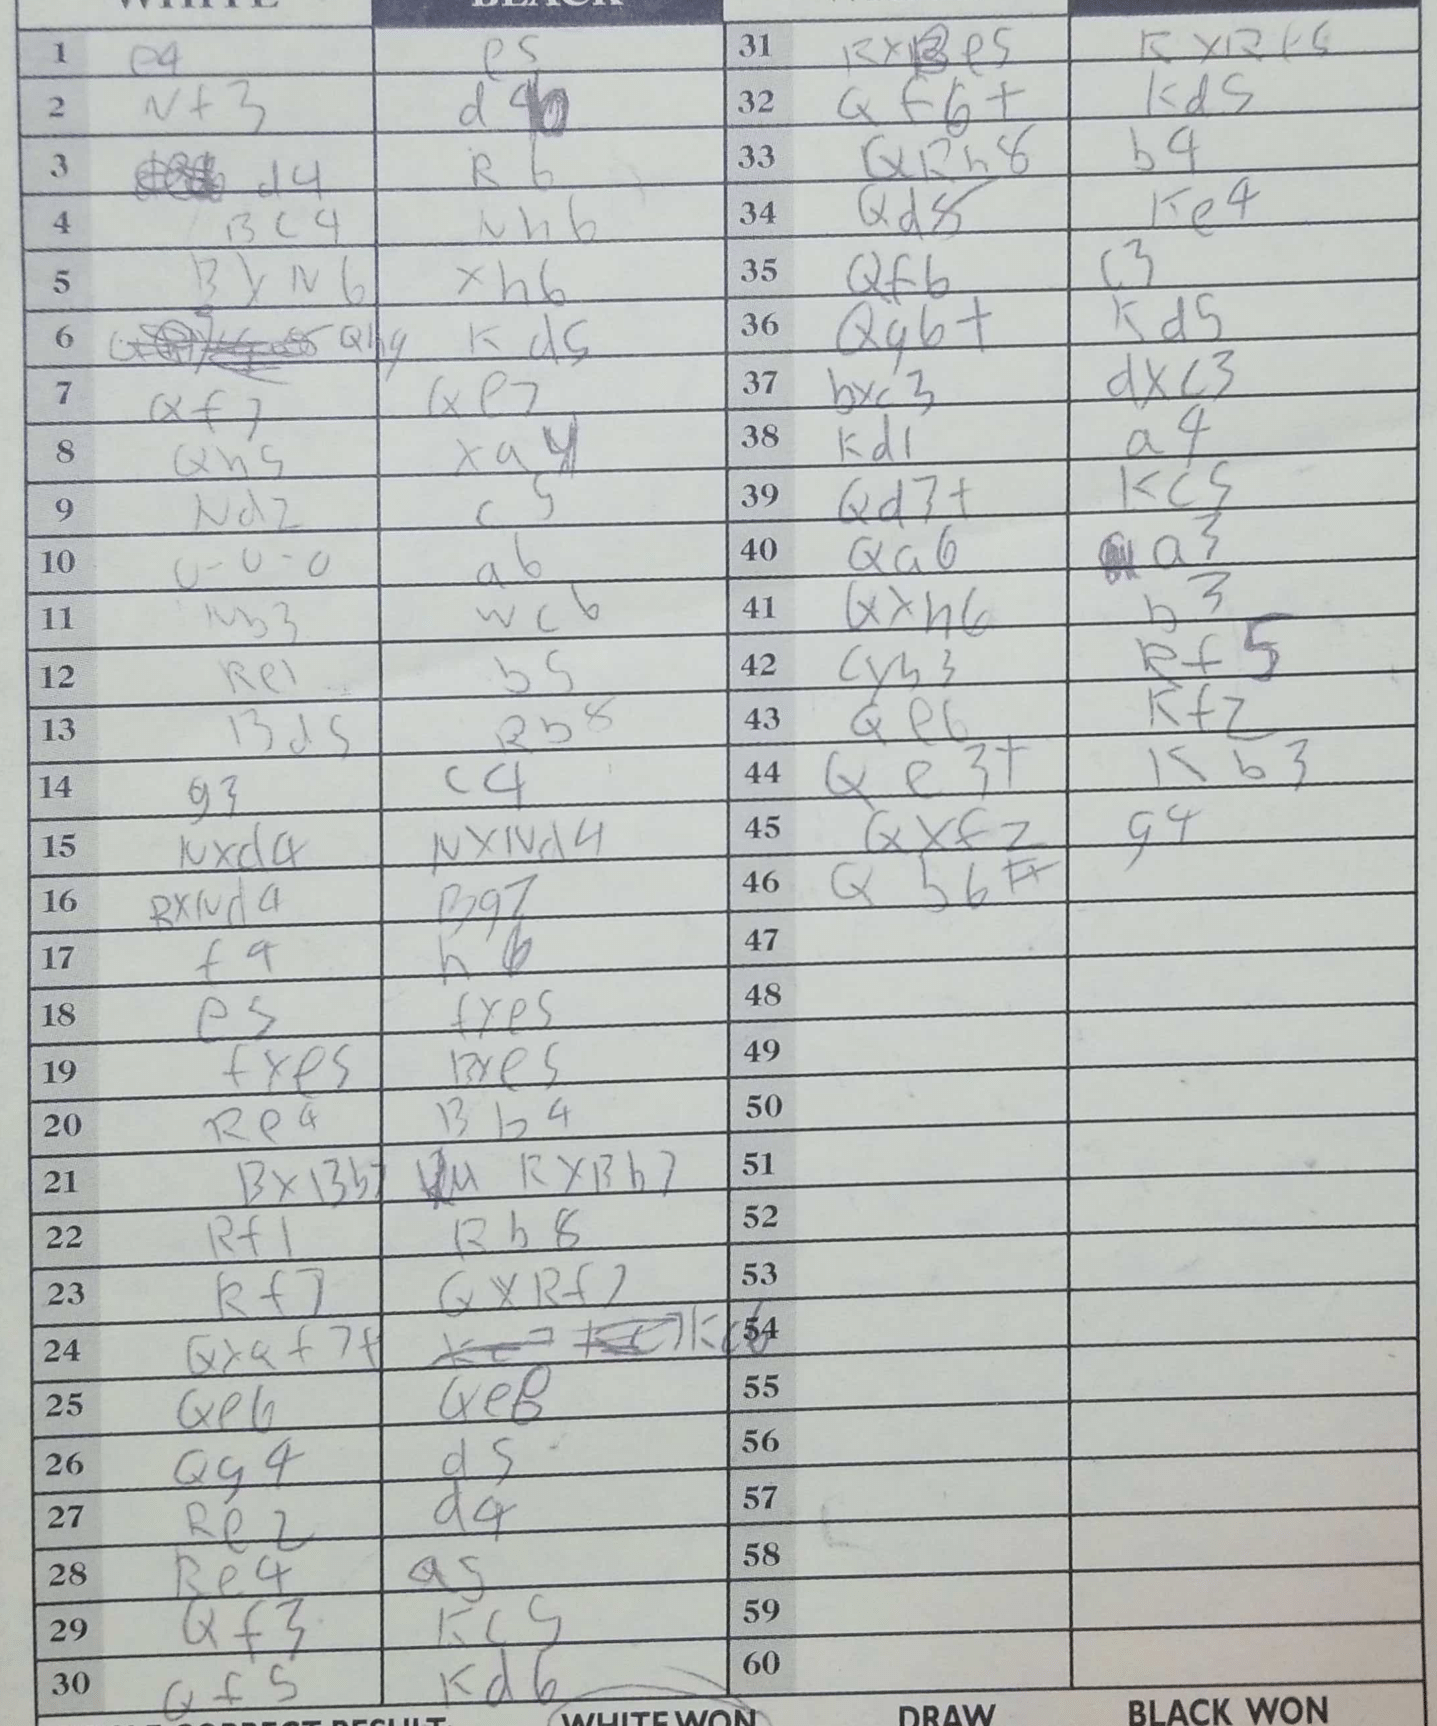
Moves: e4 e5 Nf3 d6 d4 R6 Bc4 Nh6 BxN6 xh6 Kd5 Qf7 Qe7 Qh5 xa4 Nd2 c5 O-O-O a6 Nb3 Re1 b5 Bd5 Rb8 g3 c4 Nxd4 NxNd4 RxNd4 Bg7 f4 h6 e5 fxe5 fxe5 Bxe5 Re4 Bb4 BxBb7 RxBb7 Rf1 Rb8 Rf7 QxRf2 QxQf7+ Qe6 Qe8 Qg4 d5 Re2 d4 Re4 a5 Qf3 Kc5 Qf5 Kd6 RxBe5 RxRf5 Qf6+ Bd5 QRh8 b4 Qd8 Ke4 Qf6 c3 Qg6+ Kd5 bxc3 dxc3 Kd1 a4 Qd7+ Kc5 Qa6 a3 Qxh6 b3 cxb3 Rf5 Qe6 Kf2 Qe3+ Kb3 Qxf2 g4 Qb6#